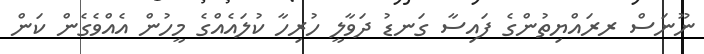
ނޫނަސް ރރައްޔިތުންގެ ފައިސާ ގަނޑު ދަވާލީ ހުރިހާ ކުލައެއްގެ މީހުން އެއްވެގެން ކަން